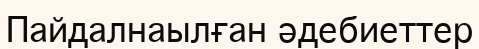
Пайдалнаылған әдебиеттер